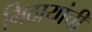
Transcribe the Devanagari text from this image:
मिठायांची